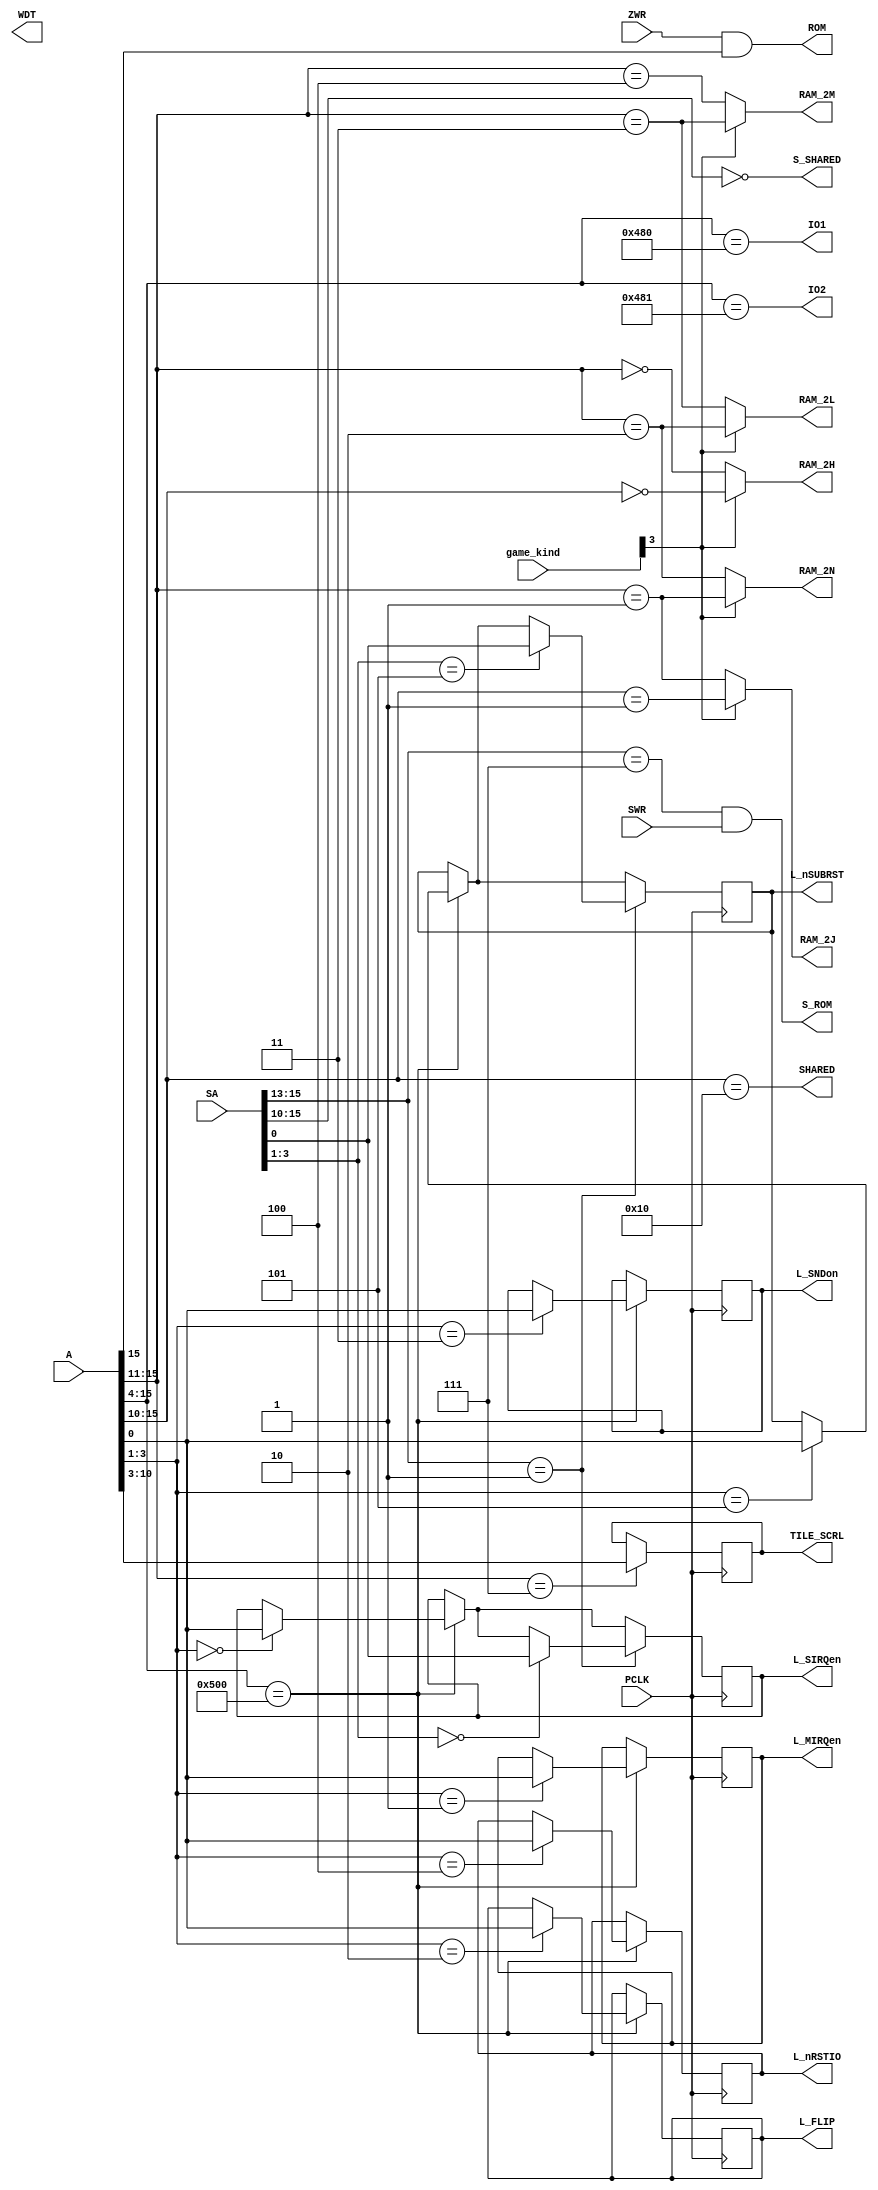
//=======================================================
// FPGA mappy address decoder module
/*
Copyright (c) 2022, madov
All rights reserved.

Redistribution and use in source and binary forms, with or without
modification, are permitted provided that the following conditions are met:

1. Redistributions of source code must retain the above copyright notice, this
   list of conditions and the following disclaimer.

2. Redistributions in binary form must reproduce the above copyright notice,
   this list of conditions and the following disclaimer in the documentation
   and/or other materials provided with the distribution.

3. Neither the name of the copyright holder nor the names of its
   contributors may be used to endorse or promote products derived from
   this software without specific prior written permission.

THIS SOFTWARE IS PROVIDED BY THE COPYRIGHT HOLDERS AND CONTRIBUTORS "AS IS"
AND ANY EXPRESS OR IMPLIED WARRANTIES, INCLUDING, BUT NOT LIMITED TO, THE
IMPLIED WARRANTIES OF MERCHANTABILITY AND FITNESS FOR A PARTICULAR PURPOSE ARE
DISCLAIMED. IN NO EVENT SHALL THE COPYRIGHT HOLDER OR CONTRIBUTORS BE LIABLE
FOR ANY DIRECT, INDIRECT, INCIDENTAL, SPECIAL, EXEMPLARY, OR CONSEQUENTIAL
DAMAGES (INCLUDING, BUT NOT LIMITED TO, PROCUREMENT OF SUBSTITUTE GOODS OR
SERVICES; LOSS OF USE, DATA, OR PROFITS; OR BUSINESS INTERRUPTION) HOWEVER
CAUSED AND ON ANY THEORY OF LIABILITY, WHETHER IN CONTRACT, STRICT LIABILITY,
OR TORT (INCLUDING NEGLIGENCE OR OTHERWISE) ARISING IN ANY WAY OUT OF THE USE
OF THIS SOFTWARE, EVEN IF ADVISED OF THE POSSIBILITY OF SUCH DAMAGE.

*/
//=======================================================//

/* 
00000xxxxxxxxxxx R/W xxxxxxxx RAM 2H    tilemap RAM (tile number)
00001xxxxxxxxxxx R/W xxxxxxxx RAM 2J    tilemap RAM (tile color)
00010xxxxxxxxxxx R/W xxxxxxxx RAM 2N    work RAM
000101111xxxxxxx R/W xxxxxxxx           portion holding sprite registers (sprite number & color)
00011xxxxxxxxxxx R/W xxxxxxxx RAM 2L    work RAM
000111111xxxxxxx R/W xxxxxxxx           portion holding sprite registers (x, y)
00100xxxxxxxxxxx R/W xxxxxxxx RAM 2M    work RAM
001001111xxxxxxx R/W xxxxxxxx           portion holding sprite registers (x msb, flip, size)
00111xxxxxxxx---   W -------- POSIV     tilemap scroll (data is in A3-A10)
01000-xxxxxxxxxx R/W xxxxxxxx SOUND     RAM (shared with sound CPU)
01000-0000xxxxxx R/W xxxxxxxx           portion holding the sound registers
*/


module td_adec(
//input port
	input  wire PCLK,
	input  wire [15:0]A,
	input  wire [15:0]SA,
	input  wire ZWR,SWR,
//output port

	output  wire ROM,	   // 8000-ffff.r 

	output  wire RAM_2H,	// 0000-07ff.rw
	output  wire RAM_2J,	// 0800-0fff.rw
	output  wire RAM_2N,	// 1000-17ff.rw
	output  wire RAM_2L,	//	1800-1fff.rw
	output  wire RAM_2M,	//	2000-27ff.rw


	output  wire [7:0]TILE_SCRL,	// 3800-3fff.w [8bit]
	output  wire SHARED,  // 4000-43ff.rw sub:0000-03ff
	output  wire IO1,		// 4800-480f.rw
	output  wire IO2,		// 4810-481f.rw
	
	output  wire L_SIRQen, //5000 5001 (A0 is data)
	output  wire L_MIRQen, //5002 5003
	output  wire L_FLIP,   //5004 5005
	output  wire L_SNDon,  //5006 5007
	output  wire L_nRSTIO,  //5008 5009 <invert>
	output  wire L_nSUBRST, //500a 500b <invert>
	
	//sub
	output  wire S_SHARED,// 0000-03ff.rw sub
	output  wire S_ROM,	// e000-ffff.r
	output  wire WDT,	// 8000.w Watchdog timer reset
	input wire [3:0]game_kind

);

    assign ROM 		= ZWR & (A[15] == 1'b1) ;
    assign RAM_2H = game_kind[3] ? (A[15:10] == 6'b0000_00 ) : (A[15:11] == 5'b0000_0 );
    assign RAM_2J = game_kind[3] ? (A[15:10] == 6'b0000_01 ) : (A[15:11] == 5'b0000_1 );
    assign RAM_2N = game_kind[3] ? (A[15:11] == 5'b0000_1 )  : (A[15:11] == 5'b0001_0 );
    assign RAM_2L = game_kind[3] ? (A[15:11] == 5'b0001_0 )  : (A[15:11] == 5'b0001_1 );
    assign RAM_2M = game_kind[3] ? (A[15:11] == 5'b0001_1 )  : (A[15:11] == 5'b0010_0 );

reg [7:0] w_TILE_SCRL;

reg wL_SIRQen,wL_MIRQen,wL_FLIP,wL_nRSTIO,wL_nSUBRST;
reg wL_SNDon;

always @(posedge PCLK)
begin

 w_TILE_SCRL <= ( (A[15:11] == 5'b00111 ) )  ? A[10:3] : w_TILE_SCRL ;

 if (A[15:4] == 12'h500 ) 
	begin
	
	case (A[3:1])
	3'b000 : wL_SIRQen <= A[0];     
	3'b001 : wL_MIRQen <= A[0];  
	3'b010 : wL_FLIP   <= A[0];     
	3'b011 : wL_SNDon  <= A[0];     
	3'b100 : wL_nRSTIO <= A[0];
	3'b101 : wL_nSUBRST<= A[0]; 
	endcase
	
	end
	
	
 if (SA[15:13] == 3'b001)
	begin
	case (SA[3:1])
	3'b000 : wL_SIRQen <= SA[0];
	3'b101 : wL_nSUBRST<= SA[0]; 

	endcase
	end
	

end


assign TILE_SCRL = w_TILE_SCRL;
assign L_SIRQen  = wL_SIRQen;
assign L_MIRQen  = wL_MIRQen;
assign L_FLIP    = wL_FLIP;
assign L_SNDon   = wL_SNDon;
assign L_nRSTIO  = wL_nRSTIO;
assign L_nSUBRST = wL_nSUBRST;

assign SHARED = (A[15:10] == 6'b0100_00);

assign S_SHARED = (SA[15:10] == 6'b0000_00 );
assign S_ROM = (SA[15:13] == 3'b111) & SWR;

assign IO1 = (A[15:4]==12'h480) ;
assign IO2 = (A[15:4]==12'h481) ;

endmodule